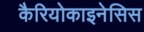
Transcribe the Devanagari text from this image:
कैरियोकाइनेसिस